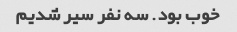
خوب بود. سه نفر سیر شدیم